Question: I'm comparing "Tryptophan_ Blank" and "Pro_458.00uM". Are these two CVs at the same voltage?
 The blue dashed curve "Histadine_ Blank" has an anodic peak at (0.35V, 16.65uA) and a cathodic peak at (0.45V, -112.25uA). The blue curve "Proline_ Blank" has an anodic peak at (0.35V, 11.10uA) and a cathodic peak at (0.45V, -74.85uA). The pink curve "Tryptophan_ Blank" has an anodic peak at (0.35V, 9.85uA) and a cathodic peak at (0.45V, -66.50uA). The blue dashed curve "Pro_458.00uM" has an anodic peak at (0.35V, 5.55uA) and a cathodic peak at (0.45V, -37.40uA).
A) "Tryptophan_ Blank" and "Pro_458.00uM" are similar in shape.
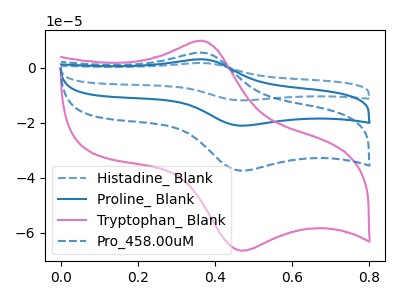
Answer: <think>All the peaks in "Tryptophan_ Blank" have a peak in "Pro_458.00uM" at the same potential. Every peak in "Tryptophan_ Blank" is higher than every peak in "Pro_458.00uM".
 </think>
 <answer>A) "Tryptophan_ Blank" and "Pro_458.00uM" are similar in shape.</answer>
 <eval>A</eval>